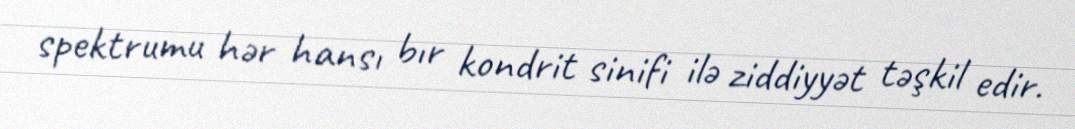
spektrumu hər hansı bır kondrit sinifi ilə ziddiyyət təşkil edir.